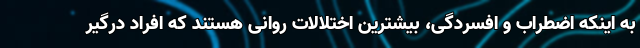
به اینکه اضطراب و افسردگی، بیشترین اختلالات روانی هستند که افراد درگیر